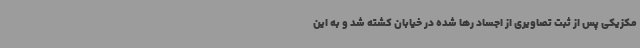
مکزیکی پس از ثبت تصاویری از اجساد رها شده در خیابان کشته شد و به این